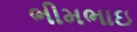
ભીમભાઇ